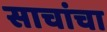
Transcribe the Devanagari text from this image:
साचांचा